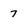
Character: 7